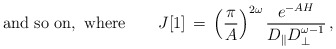
\begin{align*}{\rm and\ so\ on,\ where } \qquad J[1] \,=\, \left( \frac{\pi}A \right)^{2\omega} \frac{ e^{-AH} } { D_\| D_\perp^{\omega-1} }\,, \qquad\qquad\qquad\qquad\qquad\qquad\end{align*}